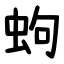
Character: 蚼